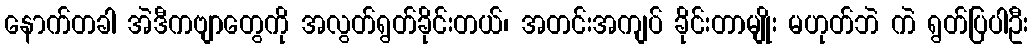
နောက်တခါ အဲဒီကဗျာတွေကို အလွတ်ရွတ်ခိုင်းတယ်၊ အတင်းအကျပ် ခိုင်းတာမျိုး မဟုတ်ဘဲ ကဲ ရွတ်ပြပါဦး